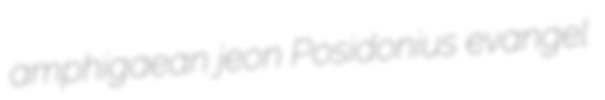
amphigaean jeon Posidonius evangel